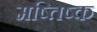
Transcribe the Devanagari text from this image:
मष्तिष्‍क